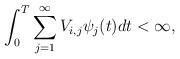
LaTeX: \begin{align*}\int_{0}^{T}\sum_{j=1}^{\infty}V_{i,j}\psi_j(t)dt <\infty,\end{align*}